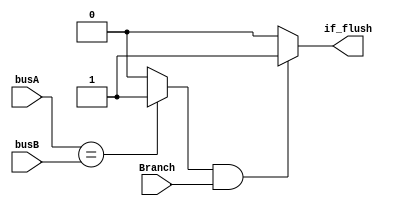
module branchOrNot(busA,busB,Branch,if_flush);
	input[31:0] busA;
	input[31:0] busB;
	input 	    Branch;
	output reg  if_flush;

	wire 	    Zero = (busA == busB) ? 1: 0;

	initial begin
		if_flush = 0;
	end

	always @(*) begin
		if_flush = (Zero&Branch) ? 1 : 0;
	end
	
endmodule